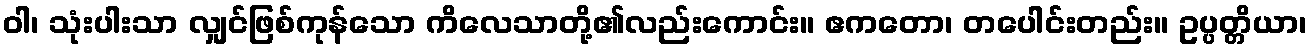
ဝါ၊ သုံးပါးသာ လျှင်ဖြစ်ကုန်သော ကိလေသာတို့၏လည်းကောင်း။ ဧကတော၊ တပေါင်းတည်း။ ဥပ္ပတ္တိယာ၊